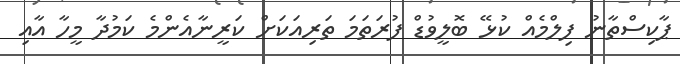
ޕާކިސްތާނު ފިލްމެއް ކުޅޭ ބޮލީވުޑް ފުރަތަމަ ތަރިއަކަށް ކަރީނާއެންމެ ކަމުދާ މީހާ އާއި